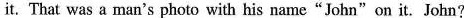
it. That was a man's photo with his name"John"on it. John?